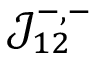
\mathop { \mathcal { J } _ { 1 2 } ^ { - , - } }